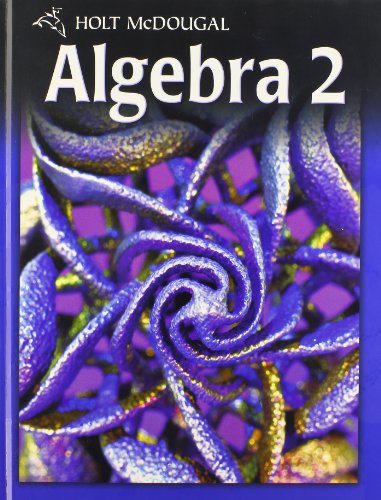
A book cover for Holt McDougal Algebra 2: Student Edition 2011; HOLT MCDOUGAL; Teen & Young Adult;